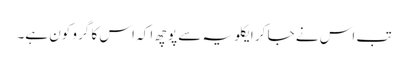
تب اس نے جا کر ایکلویہ سے پوچھ ا کہ اس کا گرو کون ہے۔